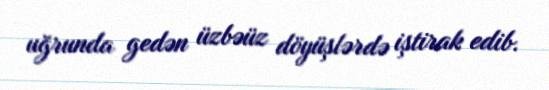
uğrunda gedən üzbəüz döyüşlərdə iştirak edib.